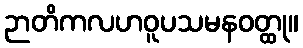
ဉာတိကလဟဝူပသမနဝတ္ထု။